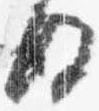
後